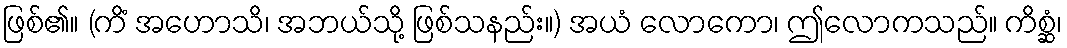
ဖြစ်၏။ (ကိံ အဟောသိ၊ အဘယ်သို့ ဖြစ်သနည်း။) အယံ လောကော၊ ဤလောကသည်။ ကိစ္ဆံ၊